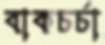
বাকচর্চা